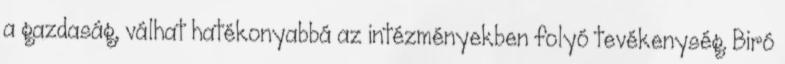
a gazdaság, válhat hatékonyabbá az intézményekben folyó tevékenység. Biró